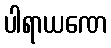
ပါရာယဏေ